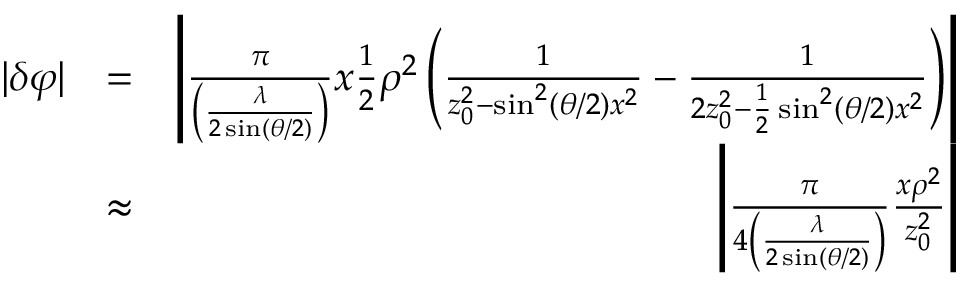
\begin{array} { r l r } { | \delta \varphi | } & { = } & { \left| \frac { \pi } { \left( \frac { \lambda } { 2 \sin ( \theta / 2 ) } \right) } x \frac { 1 } { 2 } \rho ^ { 2 } \left( \frac { 1 } { z _ { 0 } ^ { 2 } - \sin ^ { 2 } ( \theta / 2 ) x ^ { 2 } } - \frac { 1 } { 2 z _ { 0 } ^ { 2 } - \frac { 1 } { 2 } \sin ^ { 2 } ( \theta / 2 ) x ^ { 2 } } \right) \right| } \\ & { \approx } & { \left| \frac { \pi } { 4 \left( \frac { \lambda } { 2 \sin ( \theta / 2 ) } \right) } \frac { x \rho ^ { 2 } } { z _ { 0 } ^ { 2 } } \right| } \end{array}